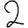
Digit: 2